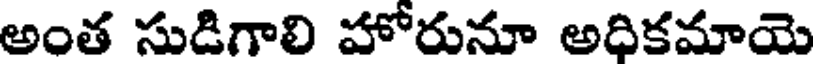
అంత సుడిగాలి హోరునూ అధికమాయె